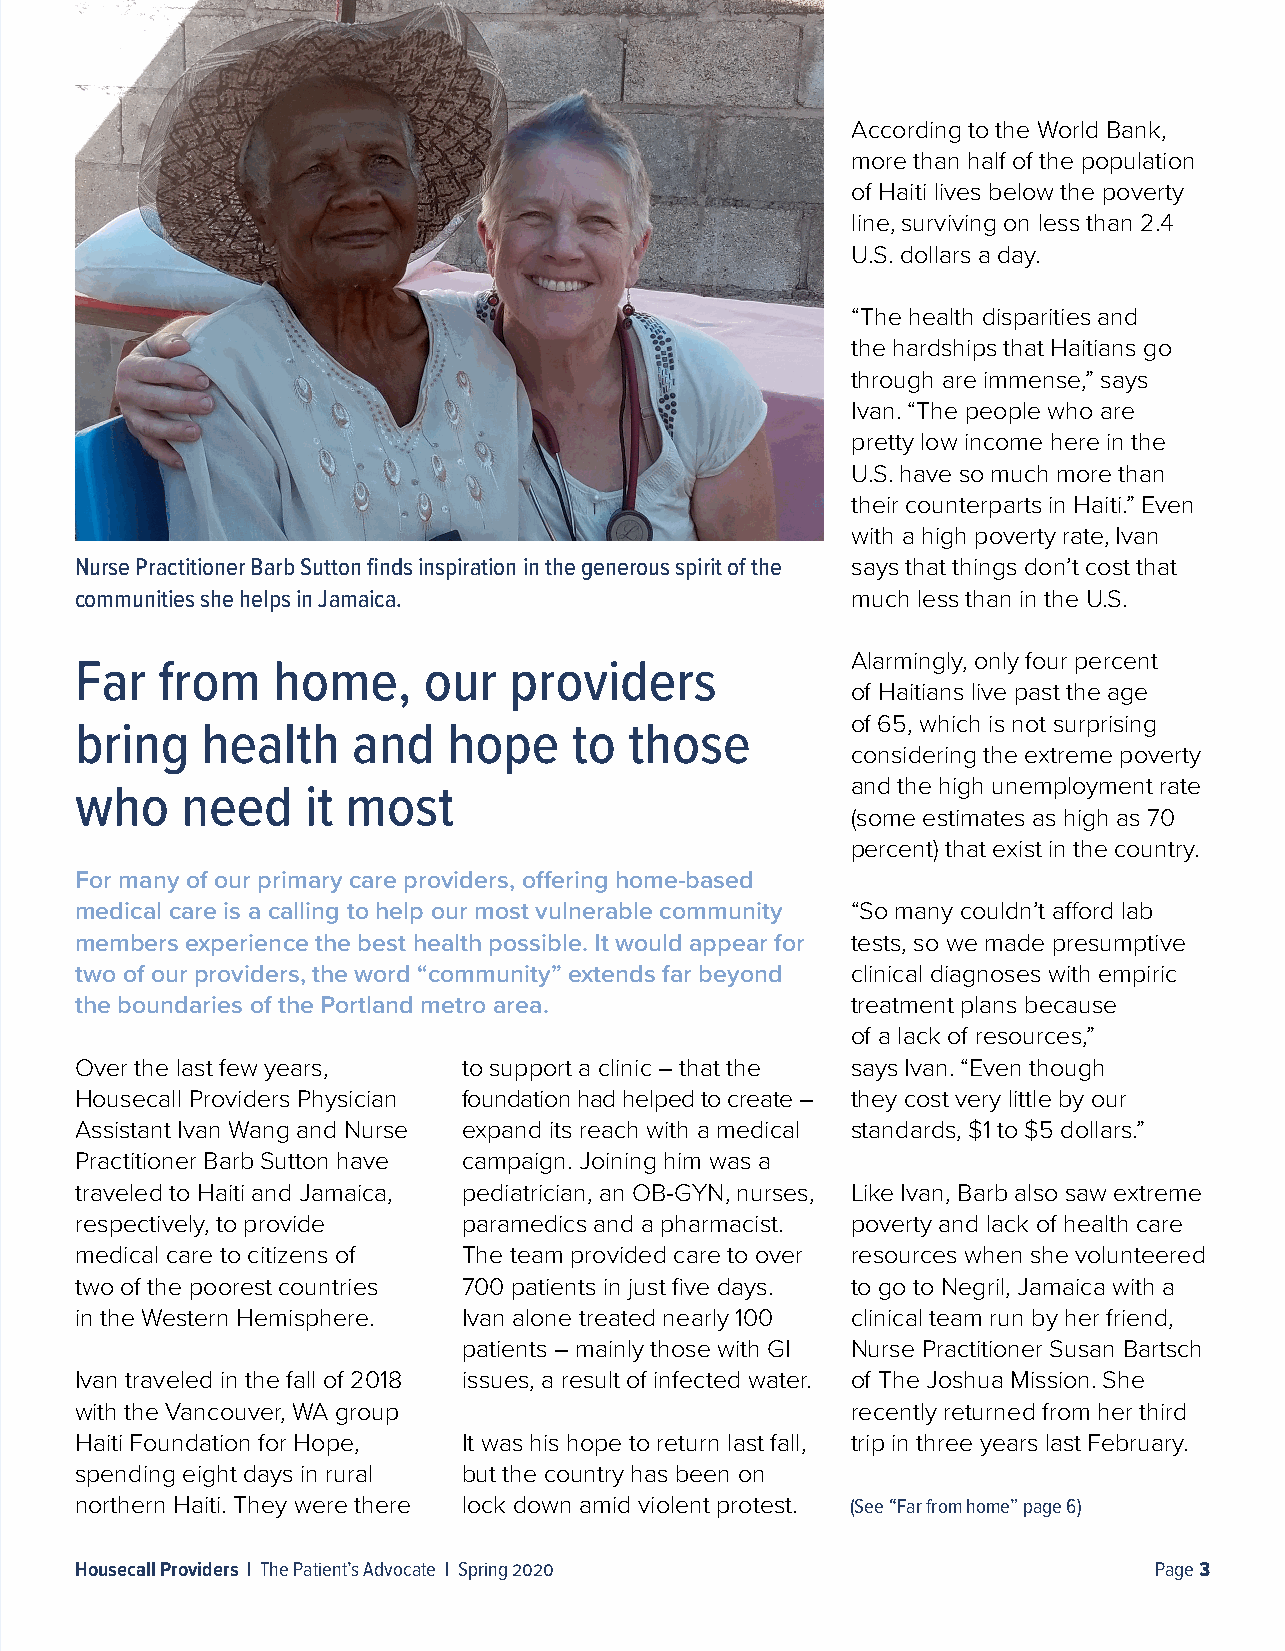
According to the World Bank,
 more than half of the population
 of Haiti lives below the poverty
 line, surviving on less than 2.4
 U.S. dollars a day.
 “The health disparities and
 the hardships that Haitians go
 through are immense,” says
 Ivan. “The people who are
 pretty low income here in the
 U.S. have so much more than
 their counterparts in Haiti.” Even
 with a high poverty rate, Ivan
 Nurse Practitioner Barb Sutton finds inspiration in the generous spirit of the says that things don’t cost that
 communities she helps in Jamaica.                  much less than in the U.S.
 Alarmingly, only four percent
 Far  from    home,     our   providers
 of Haitians live past the age
 of 65, which is not surprising
 bring   health    and    hope    to  those
 considering the extreme poverty
 and the high unemployment rate
 who    need    it most
 (some estimates as high as 70
 percent) that exist in the country.
 For many of our primary care providers, offering home-based
 medical care is a calling to help our most vulnerable community “So many couldn’t afford lab
 members experience the best health possible. It would appear for tests, so we made presumptive
 two of our providers, the word “community” extends far beyond clinical diagnoses with empiric
 the boundaries of the Portland metro area.         treatment plans because
 of a lack of resources,”
 Over the last few years,  to support a clinic – that the says Ivan. “Even though
 Housecall Providers Physician foundation had helped to create – they cost very little by our
 Assistant Ivan Wang and Nurse expand its reach with a medical standards, $1 to $5 dollars.”
 Practitioner Barb Sutton have campaign. Joining him was a
 traveled to Haiti and Jamaica, pediatrician, an OB-GYN, nurses, Like Ivan, Barb also saw extreme
 respectively, to provide  paramedics and a pharmacist. poverty and lack of health care
 medical care to citizens of The team provided care to over resources when she volunteered
 two of the poorest countries 700 patients in just five days. to go to Negril, Jamaica with a
 in the Western Hemisphere. Ivan alone treated nearly 100 clinical team run by her friend,
 patients – mainly those with GI Nurse Practitioner Susan Bartsch
 Ivan traveled in the fall of 2018 issues, a result of infected water. of The Joshua Mission. She
 with the Vancouver, WA group                       recently returned from her third
 Haiti Foundation for Hope, It was his hope to return last fall, trip in three years last February.
 spending eight days in rural but the country has been on
 northern Haiti. They were there lock down amid violent protest. (See “Far from home” page 6)
 Housecall Providers | The Patient’s Advocate | Spring 2020             Page 3